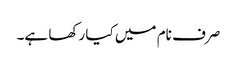
صرف نام میں کیا رکھا ہے۔